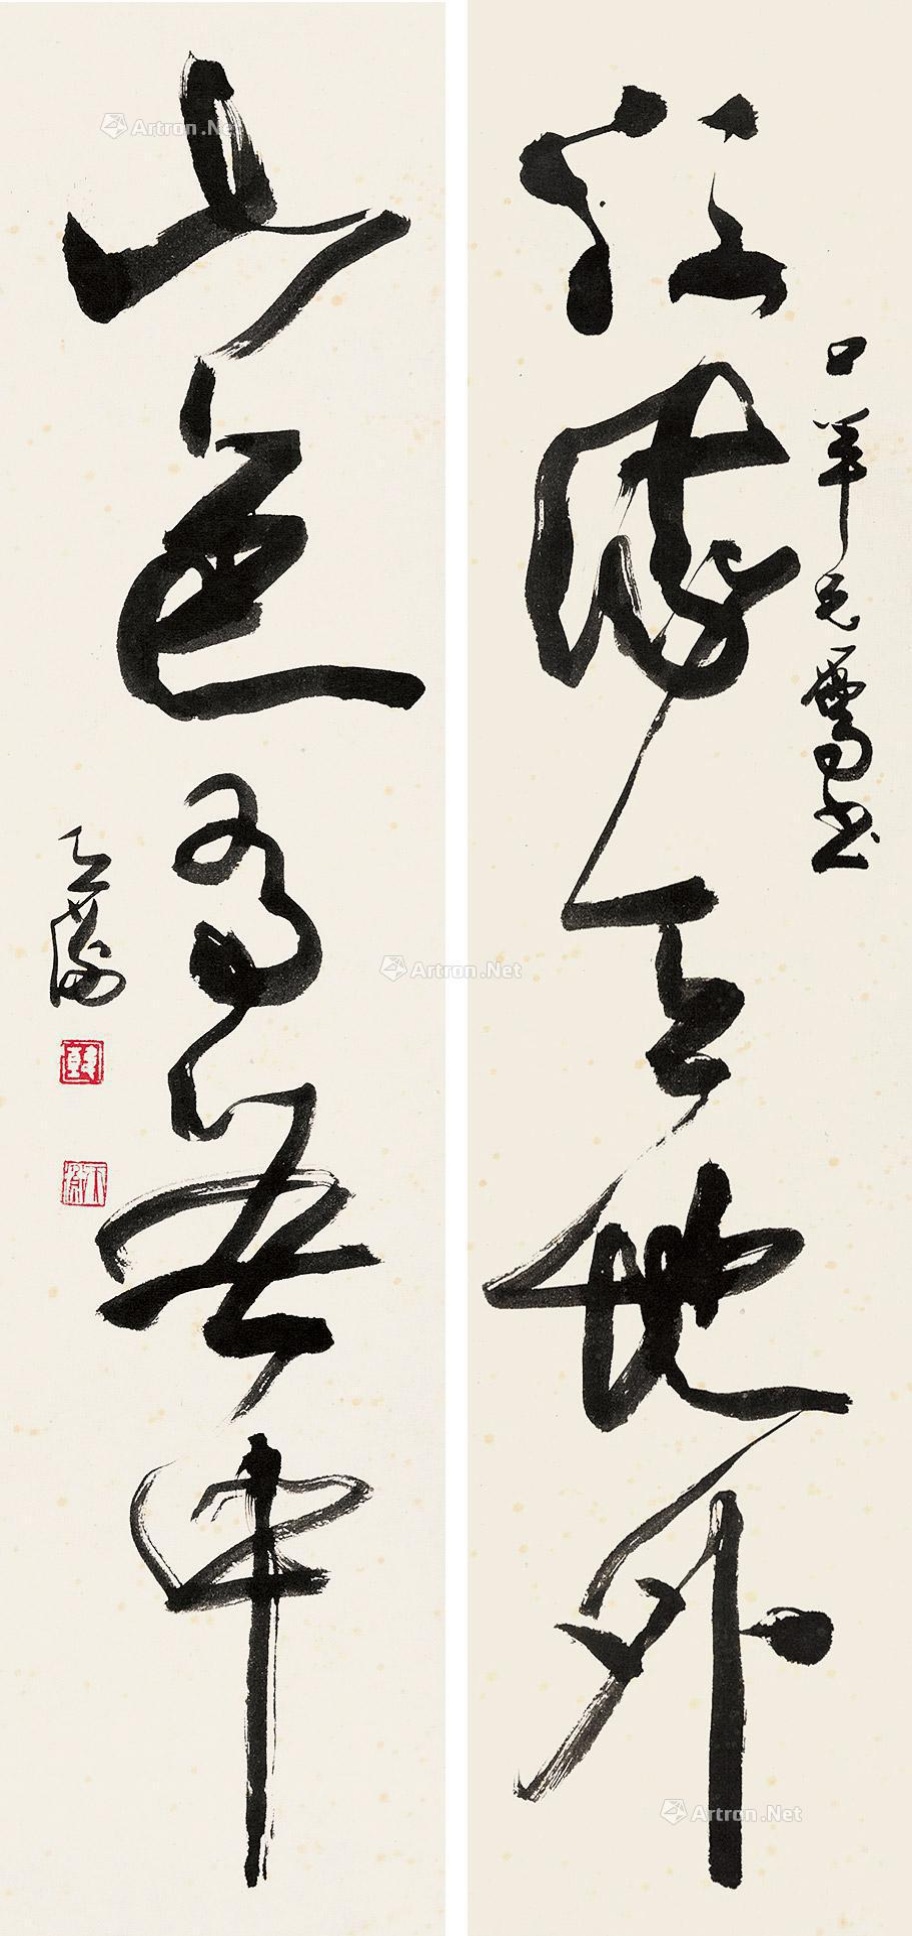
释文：江流天地外，山色有无中。口羊兄属书，天衡。